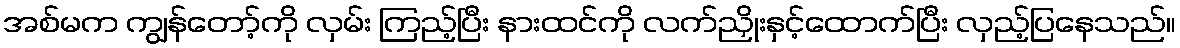
အစ်မက ကျွန်တော့်ကို လှမ်း ကြည့်ပြီး နားထင်ကို လက်ညှိုးနှင့်ထောက်ပြီး လှည့်ပြနေသည်။